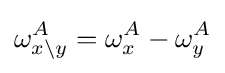
\omega _{x\backslash y}^{A}=\omega _{x}^{A}-\omega _{y}^{A}\,\!